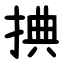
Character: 捵